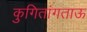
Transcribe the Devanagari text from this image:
कुगितांगताऊ